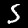
Digit: 5